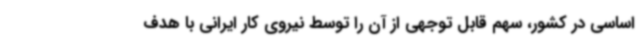
اساسی در کشور، سهم قابل توجهی از آن را توسط نیروی کار ایرانی با هدف